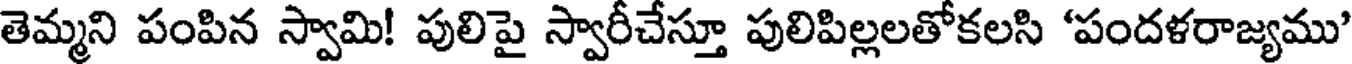
తెమ్మని పంపిన స్వామి! పులిపై స్వారీచేస్తూ పులిపిల్లలతోకలసి 'పందళరాజ్యము'